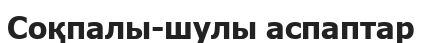
Соқпалы-шулы аспаптар